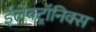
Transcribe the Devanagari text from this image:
ईलेक्ट्रॉनिक्स